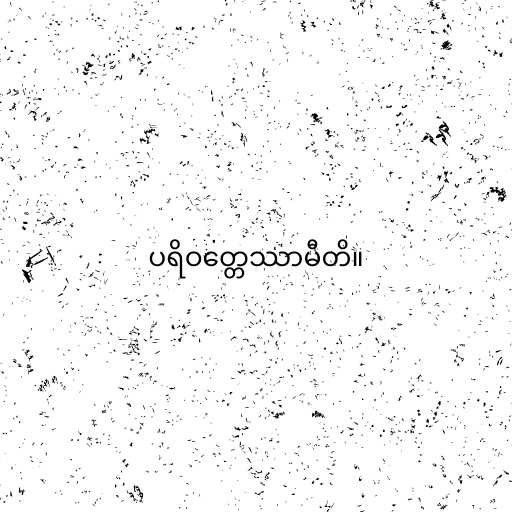
ပရိဝတ္တေဿာမီတိ။